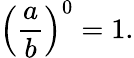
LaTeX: \left({\frac{a}{b}}\right)^{0}=1.